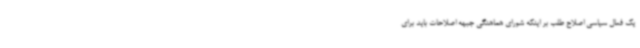
یک فعال سیاسی اصلاح طلب بر اینکه شورای هماهنگی جبهه اصلاحات باید برای